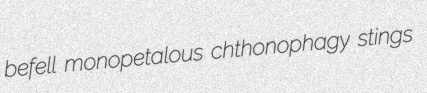
befell monopetalous chthonophagy stings